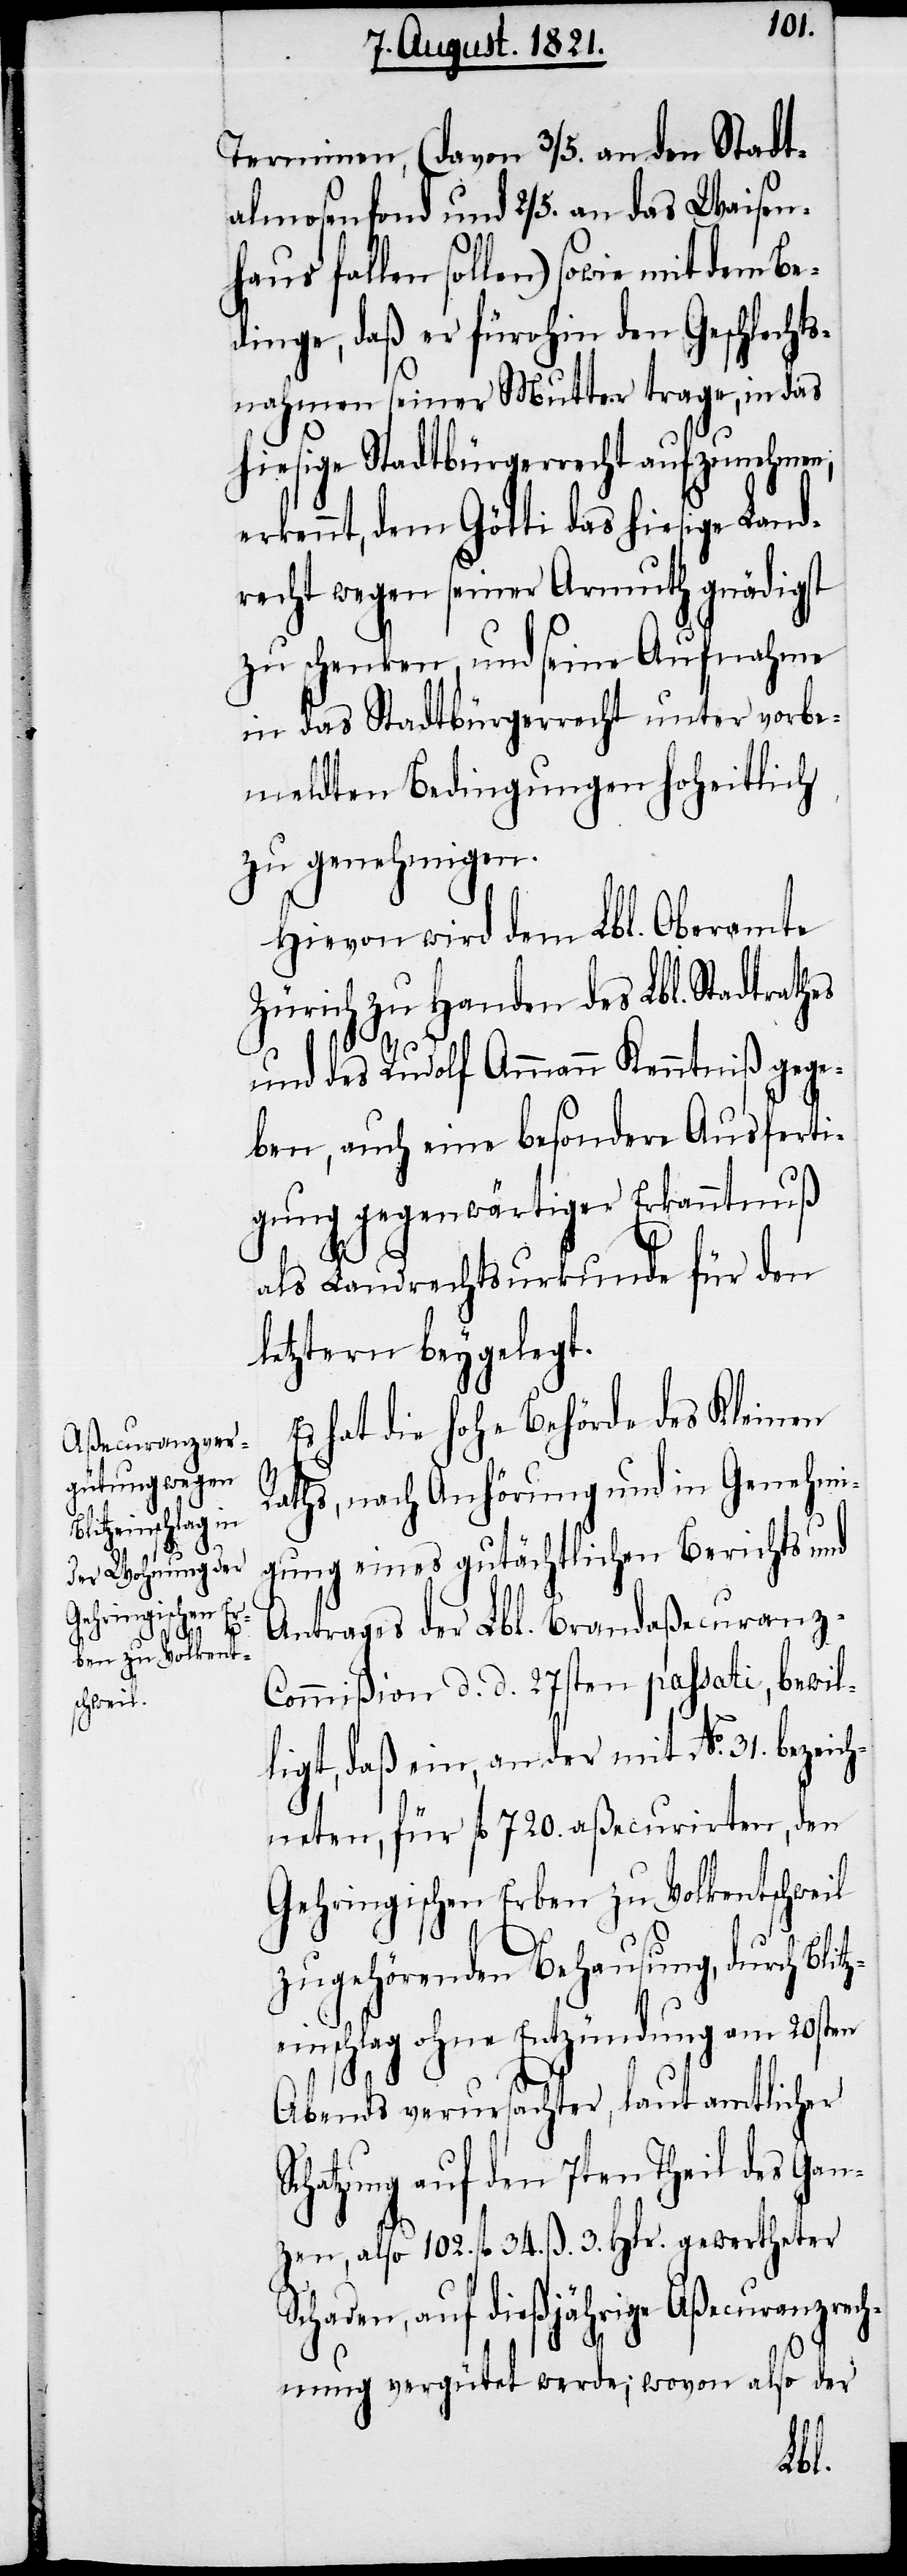
ze¬

Terminen, (davon 3/5. an den Stadt¬
almosenfond und 2/5. and das Waisen¬
haus fallen sollen) sowie mit dem Be¬
dinge, daß er fürohin den Geschlech¬
nahmen seiner Mutter trage, in das
hiesige Stadtbürgerrecht aufzunehmen,
erkennt, dem Götti das hiesige Land¬
recht wegen seiner Armuth gnädigst
zu schenken, und seine Aufnahme
in das Stadtbürgerrecht unter vorbe¬
meldten Bedingungen hoheitlich
zu genehmigen.
Hievon wird dem Lbl. Oberamte
Zürich zu Handen des Lbl. Stadtrathes
und des Rudolf Ammann Kenntniß gege¬
ben, auch eine besondere Ausferti¬
gung gegenwärtiger Erkanntnuß
S¬
als Landrechtsurkunde für den
letztern beygelegt.
Es hat die hohe Behörde des Kleinen
Raths, nach Anhörung und in Genehmi¬
gung eines gutächtlichen Berichts und
Antrages der Lbl. Brandaßecuranz-C¬
ommißion d. d. 27sten passati, bewil¬
ligt, daß ein, an der mit No. 31. bezeic¬
hneten, für fl. 720. aßecurirten, den
Gehringischen Erben zu Volkentschweil
zugehörenden Behausung, durch Blit¬
inschlag ohne Entzündung am 20sten
Abends verursachter, laut amtlicher
chatzung auf den 7ten Theil des Gan¬
zen, also102. fl. 34. ß. 3. Hlr. gewertheter
Schaden, auf dießjährige Aßecuranzrech¬
nung vergütet werde; wovon also der